Leaving Certificate Examination, 1905
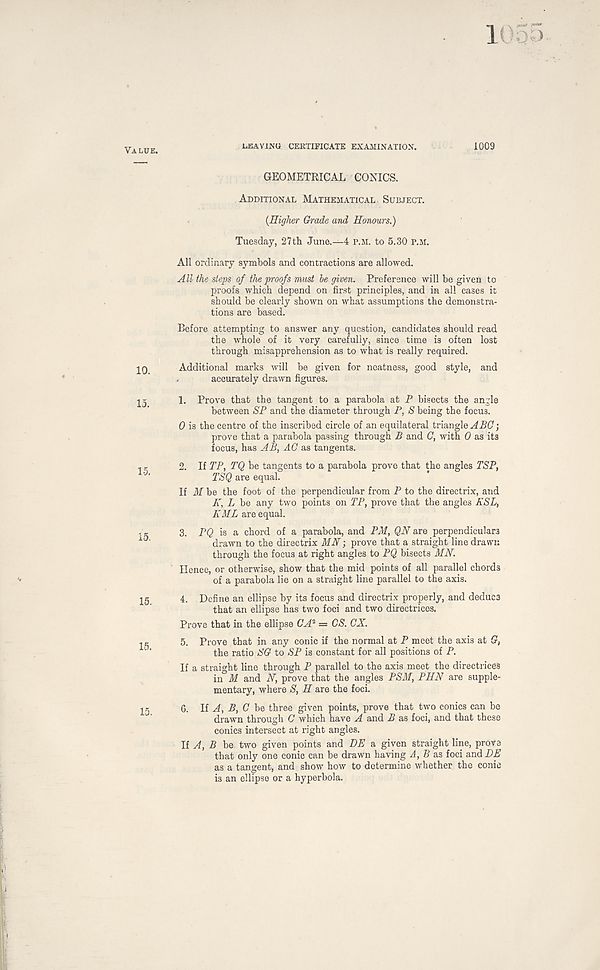
Value.
10.
13.
15.
15.
15.
15.
15.
1055.
USAVXNG CERTIFICATE EXAMINATION.
1009
GEOMETRICAL CONICS.
Additional Mathematical. Subject.
{Higher Grade and Honours.)
Tuesday, 27th June.—4 P.M. to 5.30 P.M.
All ordinary symbols and contractions are allowed.
All the steps of the proofs must be given. Preference will be given to
proofs which depend on first principles, and in all cases it
should be clearly shown on what assumptions the demonstra-
tions are based.
Before attempting to answer any question, candidates should read
the whole of it very carefully, since time is often lost
through misapprehension as to what is really required.
Additional marks will be given for neatness, good style, and
accurately drawn figures.
1. Prove that the tangent to a parabola at P bisects the angle
between SP and the diameter through P, S being the focus.
0 is the centre of the inscribed circle of an equilateral triangle ;
prove that a parabola passing through B and C, with 0 as its
focus, has AB, AC as tangents.
2. If TP, TQ be tangents to a parabola prove that the angles PSP,
TSQ are equal.
If M be the foot of the perpendicular from P to the directrix, and
K, L be any two points on TP, prove that the angles KSL,
KML are equal.
3. PQ is a chord of a parabola, and PM, QN are perpendiculars
drawn to the directrix MJV; prove that a straight line drawn
through the focus at right angles to PQ bisects MJV.
Hence, or otherwise, show that the mid points of all parallel chords
of a parabola lie on a straight line parallel to the axis.
4. Define an ellipse by its focus and directrix properly, and deduce
that an ellipse has two foci and two directrices.
Prove that in the ellipse CA 2 = CS. CX.
5. Prove that in any conic if the normal at P meet the axis at G,
the ratio SG to SP is constant for all positions of P.
If a straight line through P parallel to the axis meet the directrices
in M and N, prove that the angles PSM, PHN are supple-
mentary, where S, H are the foci.
6. If A, B, C be three given points, prove that two conics can be
drawn through C which have A and B as foci, and that these
conics intersect at right angles.
II A, B be two given points and DE a given straight line, prove
that only one conic can be drawn having A, B as foci and BE
as a tangent, and show how to determine whether the conic
is an ellipse or a hyperbola.